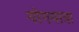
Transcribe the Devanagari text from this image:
योगयात्रा